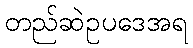
တည်ဆဲဥပဒေအရ